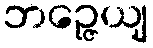
ဘဉ္ဇေယျ